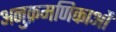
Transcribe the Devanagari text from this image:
अनुक्रमणिकाओं